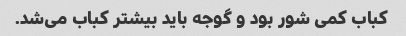
کباب کمی شور بود و گوجه باید بیشتر کباب می‌شد.